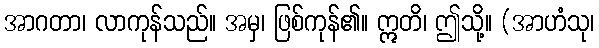
အာဂတာ၊ လာကုန်သည်။ အမှ၊ ဖြစ်ကုန်၏။ ဣတိ၊ ဤသို့။ (အာဟံသု၊